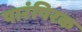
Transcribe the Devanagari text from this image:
पारंपिरक